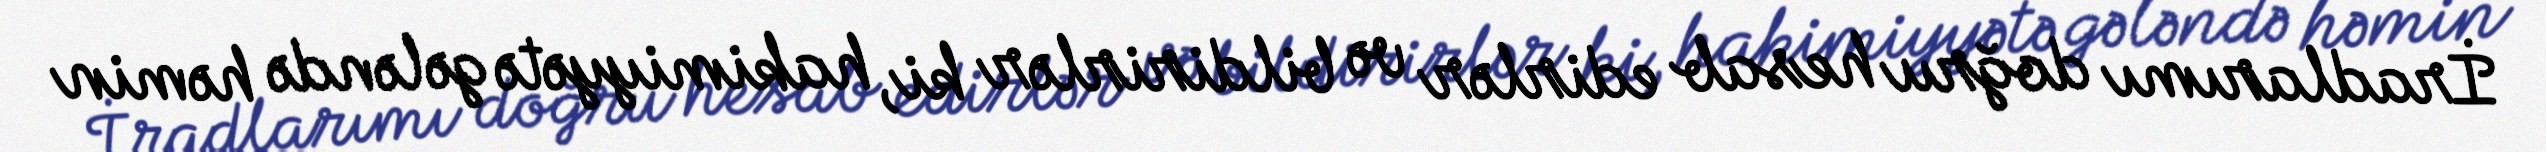
İradlarımı doğru hesab edirlər və bildirirlər ki, hakimiyyətə gələndə həmin